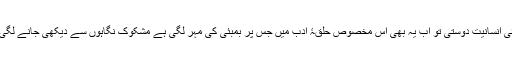
رہ گئی انسانیت دوستی تو اب یہ بھی اس مخصوص حلقۂ ادب میں جس پر بمبئی کی مہر لگی ہے مشکوک نگاہوں سے دیکھی جانے لگی ہے۔